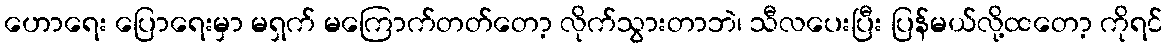
ဟောရေး ပြောရေးမှာ မရှက် မကြောက်တတ်တော့ လိုက်သွားတာဘဲ၊ သီလပေးပြီး ပြန်မယ်လို့ထတော့ ကိုရင်